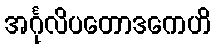
အင်္ဂုလိပတောဒကေဟိ